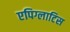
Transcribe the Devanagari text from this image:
एपिग्लाटिस